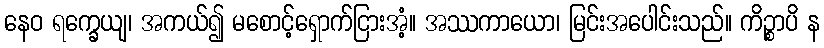
နေဝ ရက္ခေယျ၊ အကယ်၍ မစောင့်ရှောက်ငြားအံ့။ အဿကာယော၊ မြင်းအပေါင်းသည်။ ကိဉ္စာပိ န